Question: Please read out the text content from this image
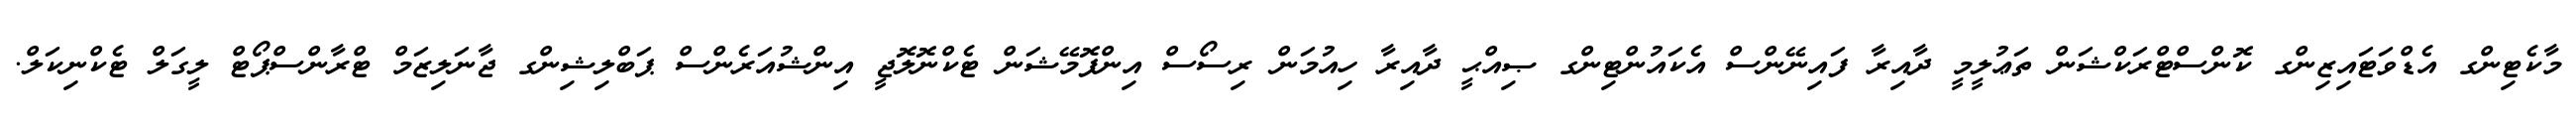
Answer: މާކެޓިންގ އެޑްވަޓައިޒިންގ ކޮންސްޓްރަކްޝަން ތަޢުލީމީ ދާއިރާ ފައިނޭންސް އެކައުންޓިންގ ޞިއްޙީ ދާއިރާ ހިއުމަން ރިސޯސް އިންފޮމޭޝަން ޓެކްނޮލޮޖީ އިންޝުއަރެންސް ޕަބްލިޝިންގ ޖާނަލިޒަމް ޓްރާންސްޕޯޓް ލީގަލް ޓެކްނިކަލް.